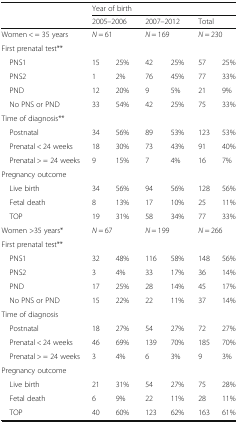
|  | <COLSPAN=6> Year of birth |
 |  | <COLSPAN=2> 2005–2006 | <COLSPAN=2> 2007–2012 | <COLSPAN=2> Total |
 | --- | --- | --- | --- | --- | --- | --- |
 | Women < = 35 years | <COLSPAN=2> N = 61 | <COLSPAN=2> N = 169 | <COLSPAN=2> N = 230 |
 | <COLSPAN=7> First prenatal test** |
 | PNS1 | 15 | 25% | 42 | 25% | 57 | 25% |
 | PNS2 | 1 | 2% | 76 | 45% | 77 | 33% |
 | PND | 12 | 20% | 9 | 5% | 21 | 9% |
 | No PNS or PND | 33 | 54% | 42 | 25% | 75 | 33% |
 | <COLSPAN=7> Time of diagnosis** |
 | Postnatal | 34 | 56% | 89 | 53% | 123 | 53% |
 | Prenatal < 24 weeks | 18 | 30% | 73 | 43% | 91 | 40% |
 | Prenatal > = 24 weeks | 9 | 15% | 7 | 4% | 16 | 7% |
 | <COLSPAN=7> Pregnancy outcome |
 | Live birth | 34 | 56% | 94 | 56% | 128 | 56% |
 | Fetal death | 8 | 13% | 17 | 10% | 25 | 11% |
 | TOP | 19 | 31% | 58 | 34% | 77 | 33% |
 | Women >35 years* | <COLSPAN=2> N = 67 | <COLSPAN=2> N = 199 | <COLSPAN=2> N = 266 |
 | <COLSPAN=7> First prenatal test** |
 | PNS1 | 32 | 48% | 116 | 58% | 148 | 56% |
 | PNS2 | 3 | 4% | 33 | 17% | 36 | 14% |
 | PND | 17 | 25% | 28 | 14% | 45 | 17% |
 | No PNS or PND | 15 | 22% | 22 | 11% | 37 | 14% |
 | <COLSPAN=7> Time of diagnosis |
 | Postnatal | 18 | 27% | 54 | 27% | 72 | 27% |
 | Prenatal < 24 weeks | 46 | 69% | 139 | 70% | 185 | 70% |
 | Prenatal > = 24 weeks | 3 | 4% | 6 | 3% | 9 | 3% |
 | <COLSPAN=7> Pregnancy outcome |
 | Live birth | 21 | 31% | 54 | 27% | 75 | 28% |
 | Fetal death | 6 | 9% | 22 | 11% | 28 | 11% |
 | TOP | 40 | 60% | 123 | 62% | 163 | 61% |